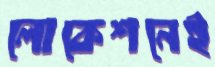
লোকেশনেই